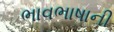
ભાવભાષાની